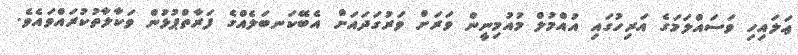
ޢަލައިހި ވަސައްލަމަގެ އަރިހުގައި އުއްމުލް މުއުމިނީން ވަރަށް ވަރުގަދައަށް އެބޭކަނބަލެއްގެ ފަރާތްޕުޅުން ވަކާލާތުކުރައްވައެވެ.